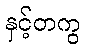
နှင့်တကွ